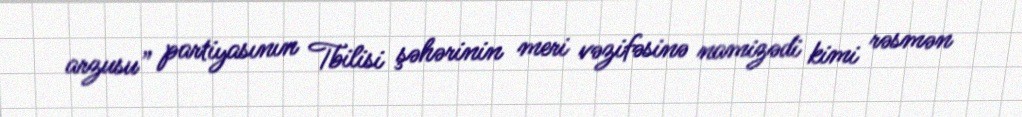
arzusu” partiyasının Tbilisi şəhərinin meri vəzifəsinə namizədi kimi rəsmən